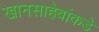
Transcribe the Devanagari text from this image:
खानसाहेबांकडे